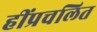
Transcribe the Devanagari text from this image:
हींप्रचलित